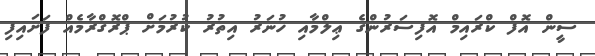
ސީން އޮފް ކްރައިމް އޮފިސަރުންގެ ޢިލްމާއި ހުނަރު އިތުރު ކުރުމަށް ޕްރޮގްރާމެއް ފަށައިފި